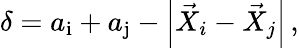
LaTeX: \delta=a_{\mathrm{i}}+a_{\mathrm{j}}-\left|\vec{X}_{\textit{i}}-\vec{X}_{\textit{j}}\right|\, ,